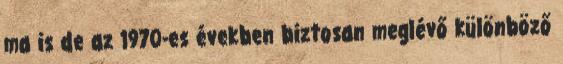
ma is de az 1970-es években biztosan meglévő különböző